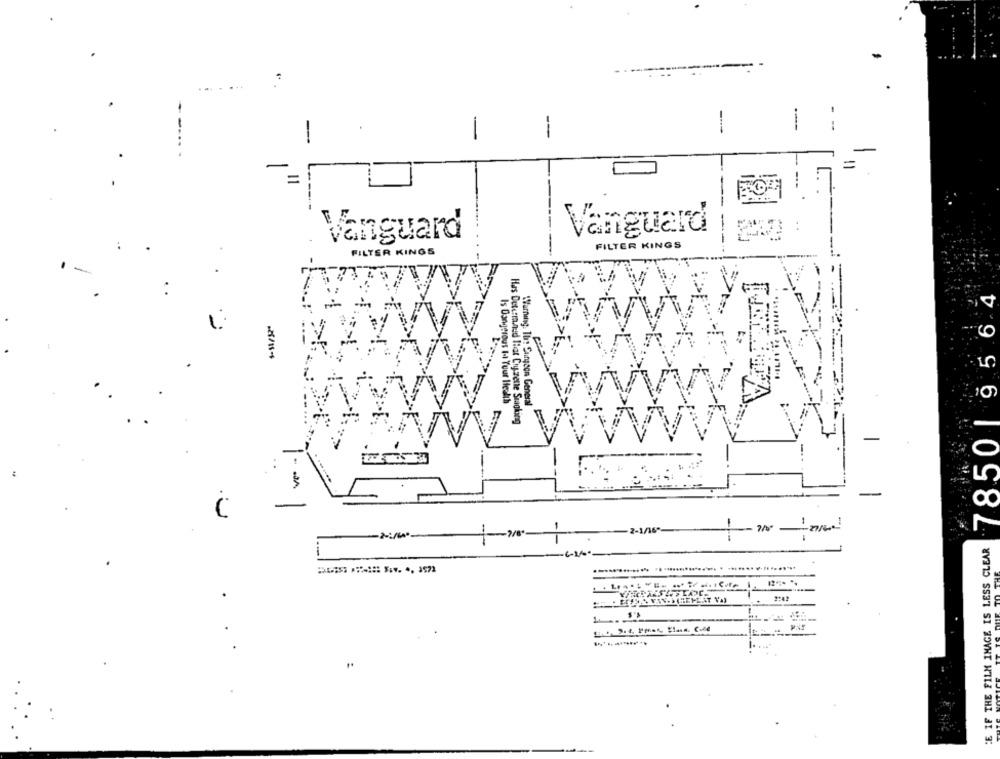
-
--
-
-
-
Vanguard
Vanguard
FILTER KINGS
FILTER KINGS
7850 | 95 6 4
.25/15 **
Is Dangerous I-t Your Health
"Warning. The Surgeon General
Has Determined That Cryszene Smoking
-
-2-1/16-
7/0
CE IF THE FILM IMAGE IS LESS CLEAR
..... ........